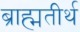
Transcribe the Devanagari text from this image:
ब्राह्मतीर्थ